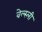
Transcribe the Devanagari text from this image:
वेल्स्ली